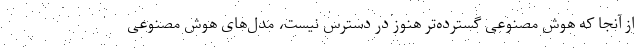
از آنجا که هوش مصنوعی گسترده‌تر هنوز در دسترس نیست، مدل‌های هوش مصنوعی